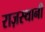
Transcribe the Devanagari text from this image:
राज़स्थानी